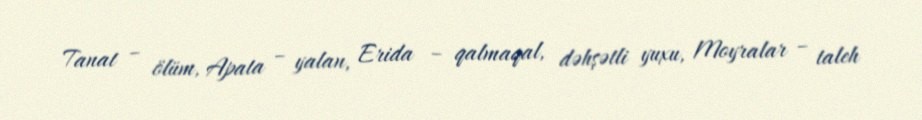
Tanat – ölüm, Apata – yalan, Erida – qalmaqal, dəhşətli yuxu, Moyralar – taleh